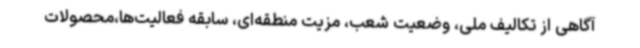
آگاهی از تکالیف ملی، وضعیت شعب، مزیت منطقه‌ای، سابقه فعالیت‌ها،محصولات